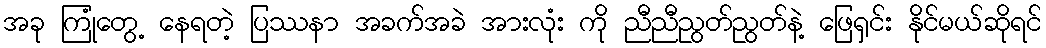
အခု ကြုံတွေ့ နေရတဲ့ ပြဿနာ အခက်အခဲ အားလုံး ကို ညီညီညွတ်ညွတ်နဲ့ ဖြေရှင်း နိုင်မယ်ဆိုရင်